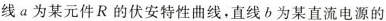
线a为某元件R的伏安特性曲线，直线b为某直流电源的